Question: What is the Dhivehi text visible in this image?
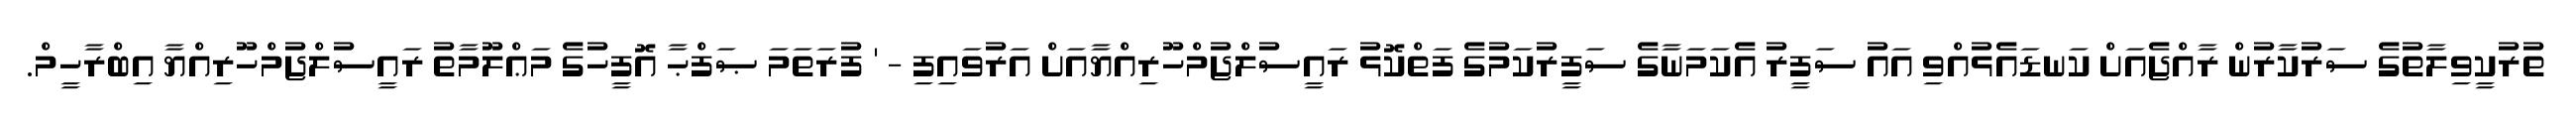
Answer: ތުރުކީވިލާތުގެ ސަރުކާރުން ރާއްޖެއަށް ކަނޑައެޅުއްވި އައު ސަފީރު އެކަމަނާގެ ސަފީރުކަމުގެ ފަތްކޮޅު ރައީސުލްޖުމްހޫރިއްޔާއަށް އަރުވައިފި - ' ފުރަތަމަ ޞަފްޙާ އޮފީހުގެ މަޢްލޫމާތު ރައީސުލްޖުމްހޫރިއްޔާ އިބްރާހީމް.